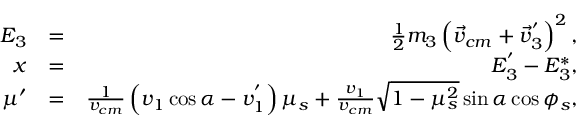
\begin{array} { r l r } { E _ { 3 } } & { = } & { \frac { 1 } { 2 } m _ { 3 } \left( \vec { v } _ { c m } + \vec { v } _ { 3 } ^ { ' } \right) ^ { 2 } , } \\ { x } & { = } & { E _ { 3 } ^ { ' } - E _ { 3 } ^ { * } , } \\ { \mu ^ { \prime } } & { = } & { \frac { 1 } { v _ { c m } } \left( v _ { 1 } \cos \alpha - v _ { 1 } ^ { ' } \right) \mu _ { s } + \frac { v _ { 1 } } { v _ { c m } } \sqrt { 1 - \mu _ { s } ^ { 2 } } \sin \alpha \cos \phi _ { s } , } \end{array}